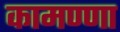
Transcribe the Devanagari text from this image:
कामण्णा